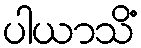
ပါယာသိံ